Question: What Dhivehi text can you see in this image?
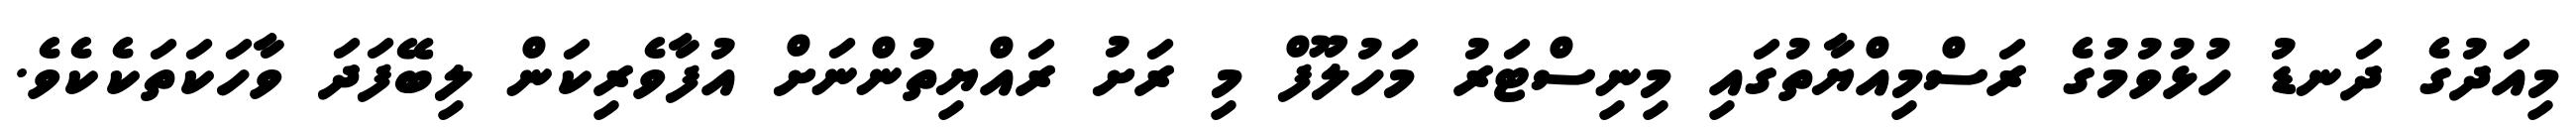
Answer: މިއަދުގެ ދަނޑު ހުޅުވުމުގެ ރަސްމިއްޔާތުގައި މިނިސްޓަރު މަހުލޫފް މި ރަށު ރައްޔިތުންނަށް އުފާވެރިކަން ލިބޭފަދަ ވާހަކަތަކެކެވެ.